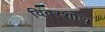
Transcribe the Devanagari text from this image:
विवरशोथ